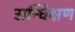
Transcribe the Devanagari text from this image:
सन्धिक्षण